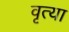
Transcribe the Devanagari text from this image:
वृत्या